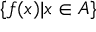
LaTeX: \{ f ( x ) | x \in A \}